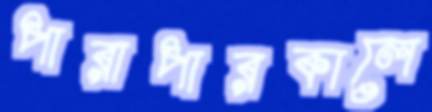
পারাপারকালে